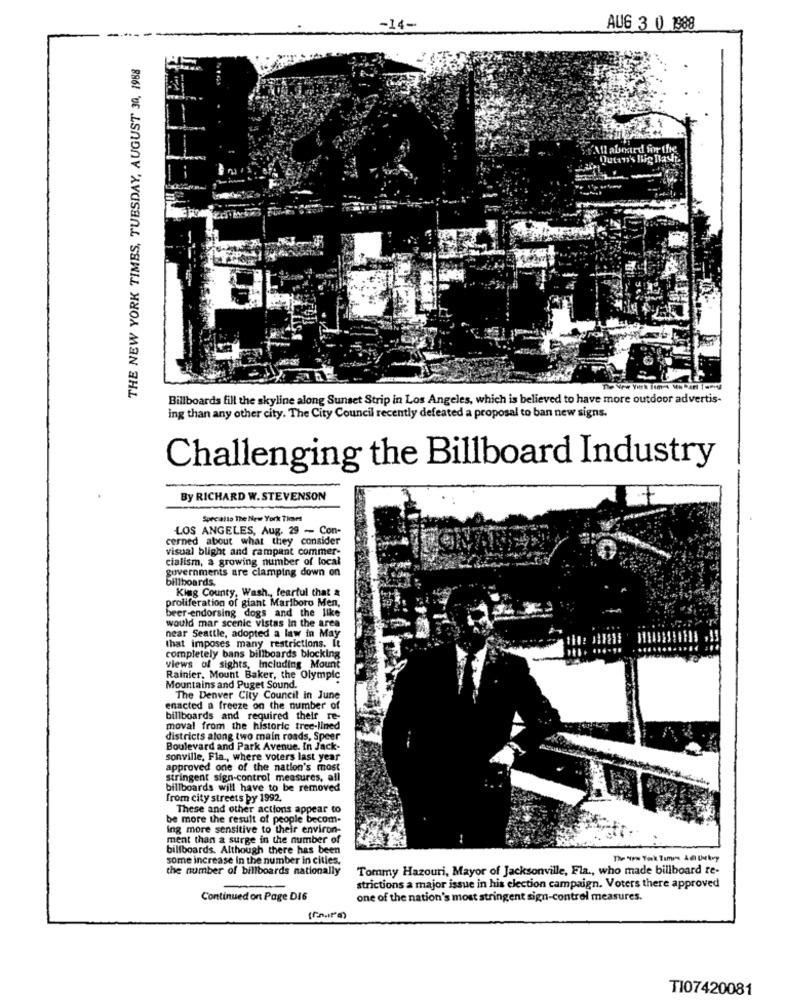
-14-
AUG 3 0 1988
THE NEW YORK TIMES, TUESDAY, AUGUST 30, 1988
All aboard for the
Dutan's Big Blaue
Billboards fill the skyline along Sunset Strip in Los Angeles, which is believed to have more outdoor advertis-
ing than any other city. The City Council recently defeated a proposal to ban new signs.
Challenging the Billboard Industry
By RICHARD W. STEVENSON
Specialto The New York Times
LOS ANGELES, Aug. 29 - Con-
cerned about what they consider
visual blight and rampant commer-
cialism, a growing number of local
governments are clamping down on
billboards.
King County, Wash ., fearful that &
proliferation of giant Marlboro Men,
beer-endorsing dogs and the like
would mar scenic vistas in the area
near Seattle, adopted a law in May
that imposes many restrictions. It
completely bans billboards blocking
views of sights, Including Mount
Rainier, Mount Baker, the Olympic
Mountains and Puget Sound.
The Denver City Council in June
enacted a freeze on the number of
billboards and required their re-
moval from the historic tree-lined
districts along two main roads, Speer
Boulevard and Park Avenue. In Jack-
sonville, Fla ., where voters last year
approved one of the nation's most
Stringent sign-control measures, all
billboards will have to be removed
from city streets by 1992.
These and other actions appear to
be more the result of people becom-
ing more sensitive to their environ-
ment than a surge in the number of
billboards. Although there has been
some increase In the number in cities.
the number of billboards nationally
Tommy Hazouri, Mayor of Jacksonville, Fla ., who made billboard te-
strictions a major issue in his election campaign. Voters there approved
Continued on Page DI6
one of the nation's most stringent sign-control measures.
TI07420081